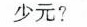
少元?